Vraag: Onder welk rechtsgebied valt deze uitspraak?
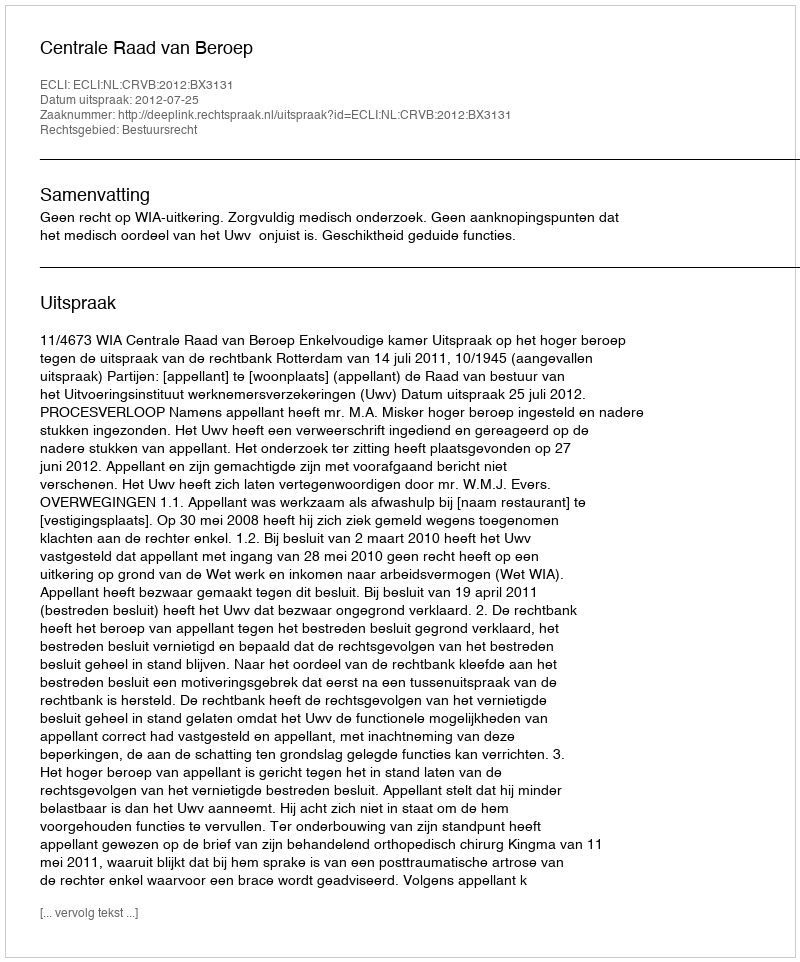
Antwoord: Bestuursrecht